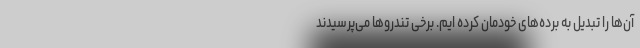
آن‌ها را تبدیل به برده‌های خودمان کرده ‌ایم. برخی تندروها می‌پرسیدند